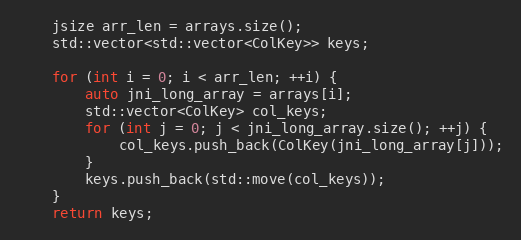
Language: C++
    jsize arr_len = arrays.size();
    std::vector<std::vector<ColKey>> keys;

    for (int i = 0; i < arr_len; ++i) {
        auto jni_long_array = arrays[i];
        std::vector<ColKey> col_keys;
        for (int j = 0; j < jni_long_array.size(); ++j) {
            col_keys.push_back(ColKey(jni_long_array[j]));
        }
        keys.push_back(std::move(col_keys));
    }
    return keys;